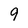
Character: 9